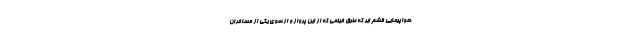
هواپیمایی قشم ایر که طبق فیلمی که از این پرواز و از سوی یکی از مسافران